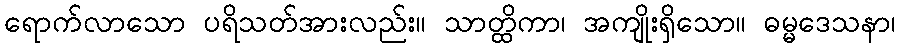
ရောက်လာသော ပရိသတ်အားလည်း။ သာတ္ထိကာ၊ အကျိုးရှိသော။ ဓမ္မဒေသနာ၊